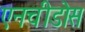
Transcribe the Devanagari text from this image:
एनचीडोस